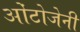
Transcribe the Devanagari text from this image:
ओंटोजेनी